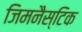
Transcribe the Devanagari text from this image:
जिमनैस्टिक